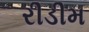
રીડીમ